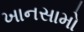
ખાનસામો